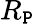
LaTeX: R_{\mathtt{P}}